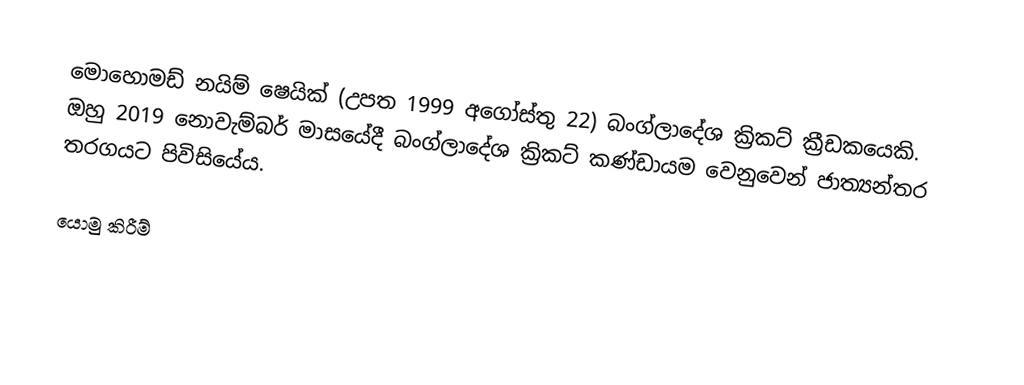
මොහොමඩ් නයිම් ෂෙයික් (උපත 1999 අගෝස්තු 22) බංග්ලාදේශ ක්‍රිකට් ක්‍රීඩකයෙකි. ඔහු 2019 නොවැම්බර් මාසයේදී බංග්ලාදේශ ක්‍රිකට් කණ්ඩායම වෙනුවෙන් ජාත්‍යන්තර තරගයට පිවිසියේය.

යොමු කිරීම්